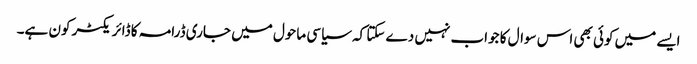
ایسے میں کوئی بھی اس سوال کا جواب نہیں دے سکتا کہ سیاسی ماحول میں جاری ڈرامہ کا ڈائریکٹر کون ہے۔